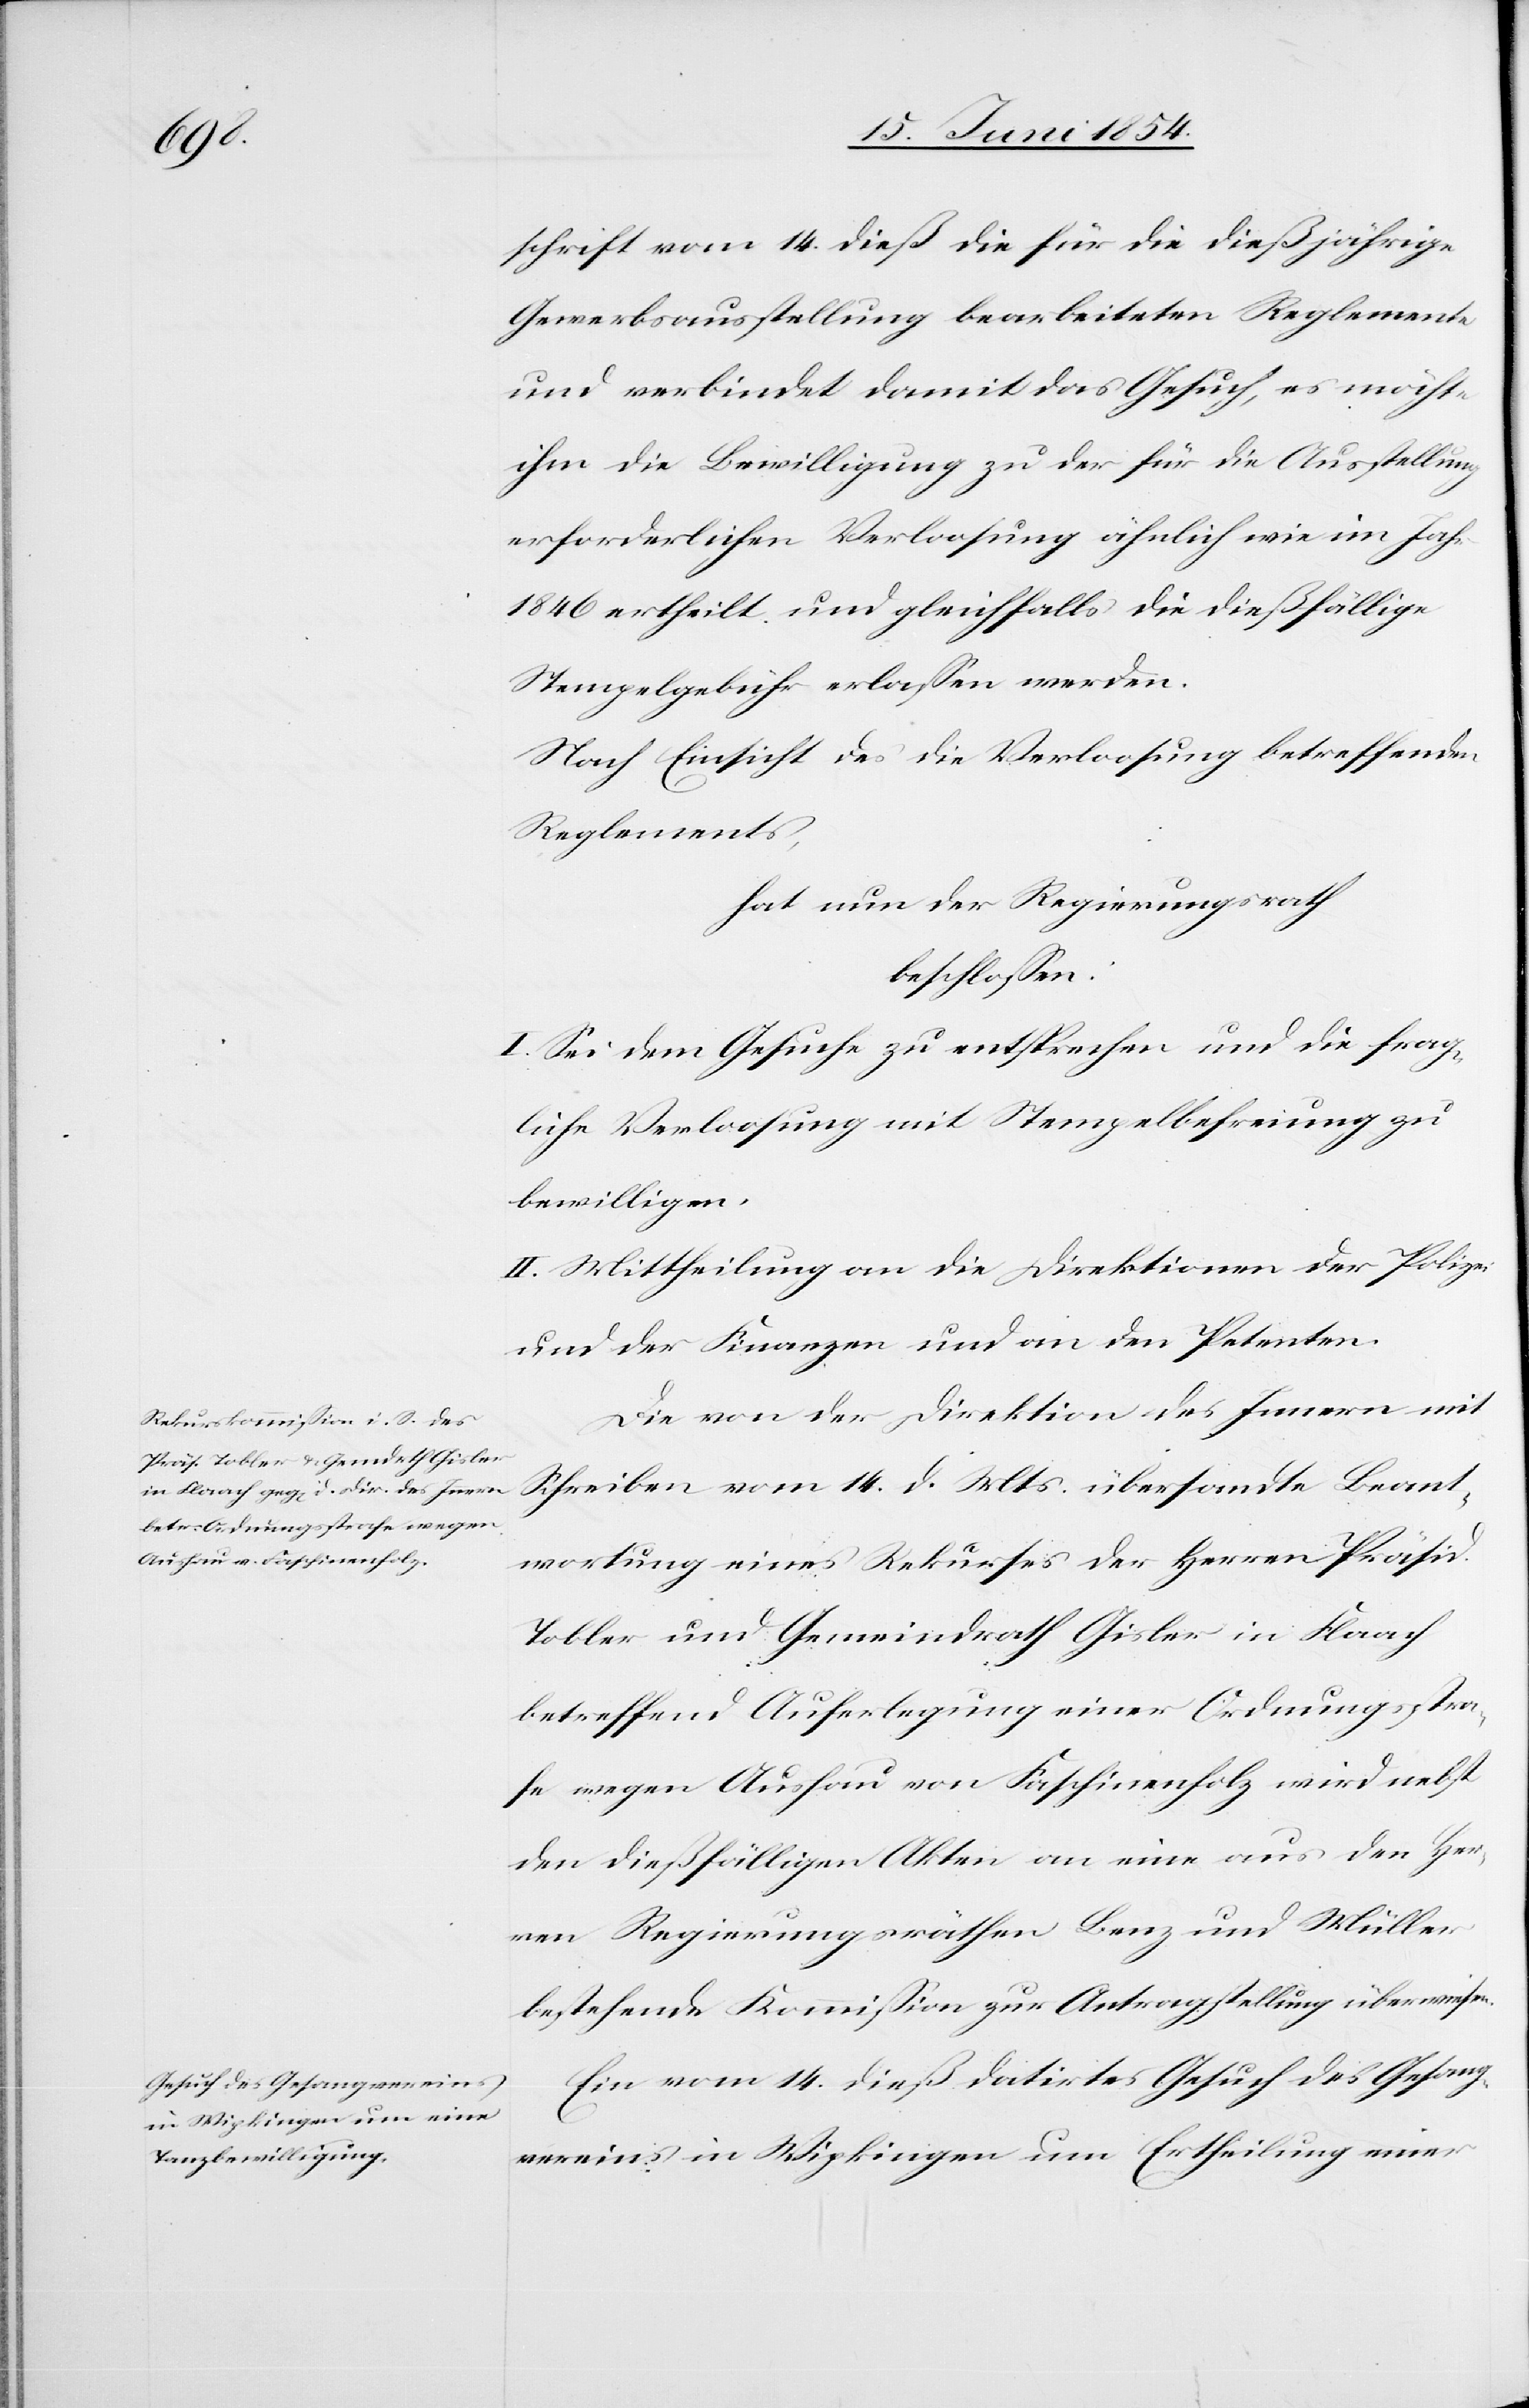
schrift vom 14. dieß die für die dießjährige
Gewerbsausstellung bearbeiteten Reglemente
und verbindet damit das Gesuch, es möchte
ihm die Bewilligung zu der für die Ausstellung
erforderlichen Verloosung ähnlich wie im Jahr
1846 ertheilt und gleichfalls die dießfällige
Stempelgebühr erlaßen werden.
Nach Einsicht des die Verloosung betreffenden
Reglements,
hat nun der Regierungsrath
beschloßen:
I. Sei dem Gesuche zu entsprechen und die frag¬
liche Verloosung mit Stempelbefreiung zu
bewilligen.
II. Mittheilung an die Direktionen der Polizei
und der Finanzen und an den Petenten.
Die von der Direktion des Innern mit
Schreiben vom 14. d. Mts. übersandte Beant¬
wortung eines Rekurses der Herren Präsid.
Tobler und Gemeindrath Gisler in Flaach
betreffend Auferlegung einer Ordnungsstra¬
fe wegen Aushau von Faschinenholz wir nebst
den dießfälligen Akten an eine aus den Her¬
ren Regierungsräthen Benz und Müller
bestehende Kommißion zur Antragstellung überwiesen.
Ein vom 14. dieß datirtes Gesuch des Gesang¬
vereins in Wipkingen um Ertheilung einer